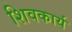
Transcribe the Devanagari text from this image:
शिवकार्य